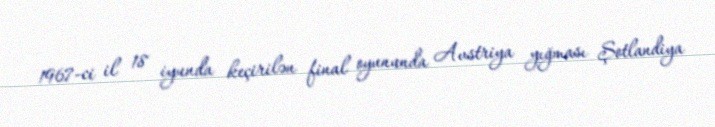
1967-ci il 18 iyunda keçirilən final oyununda Avstriya yığması Şotlandiya